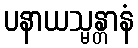
ပနာယသ္မန္တာနံ